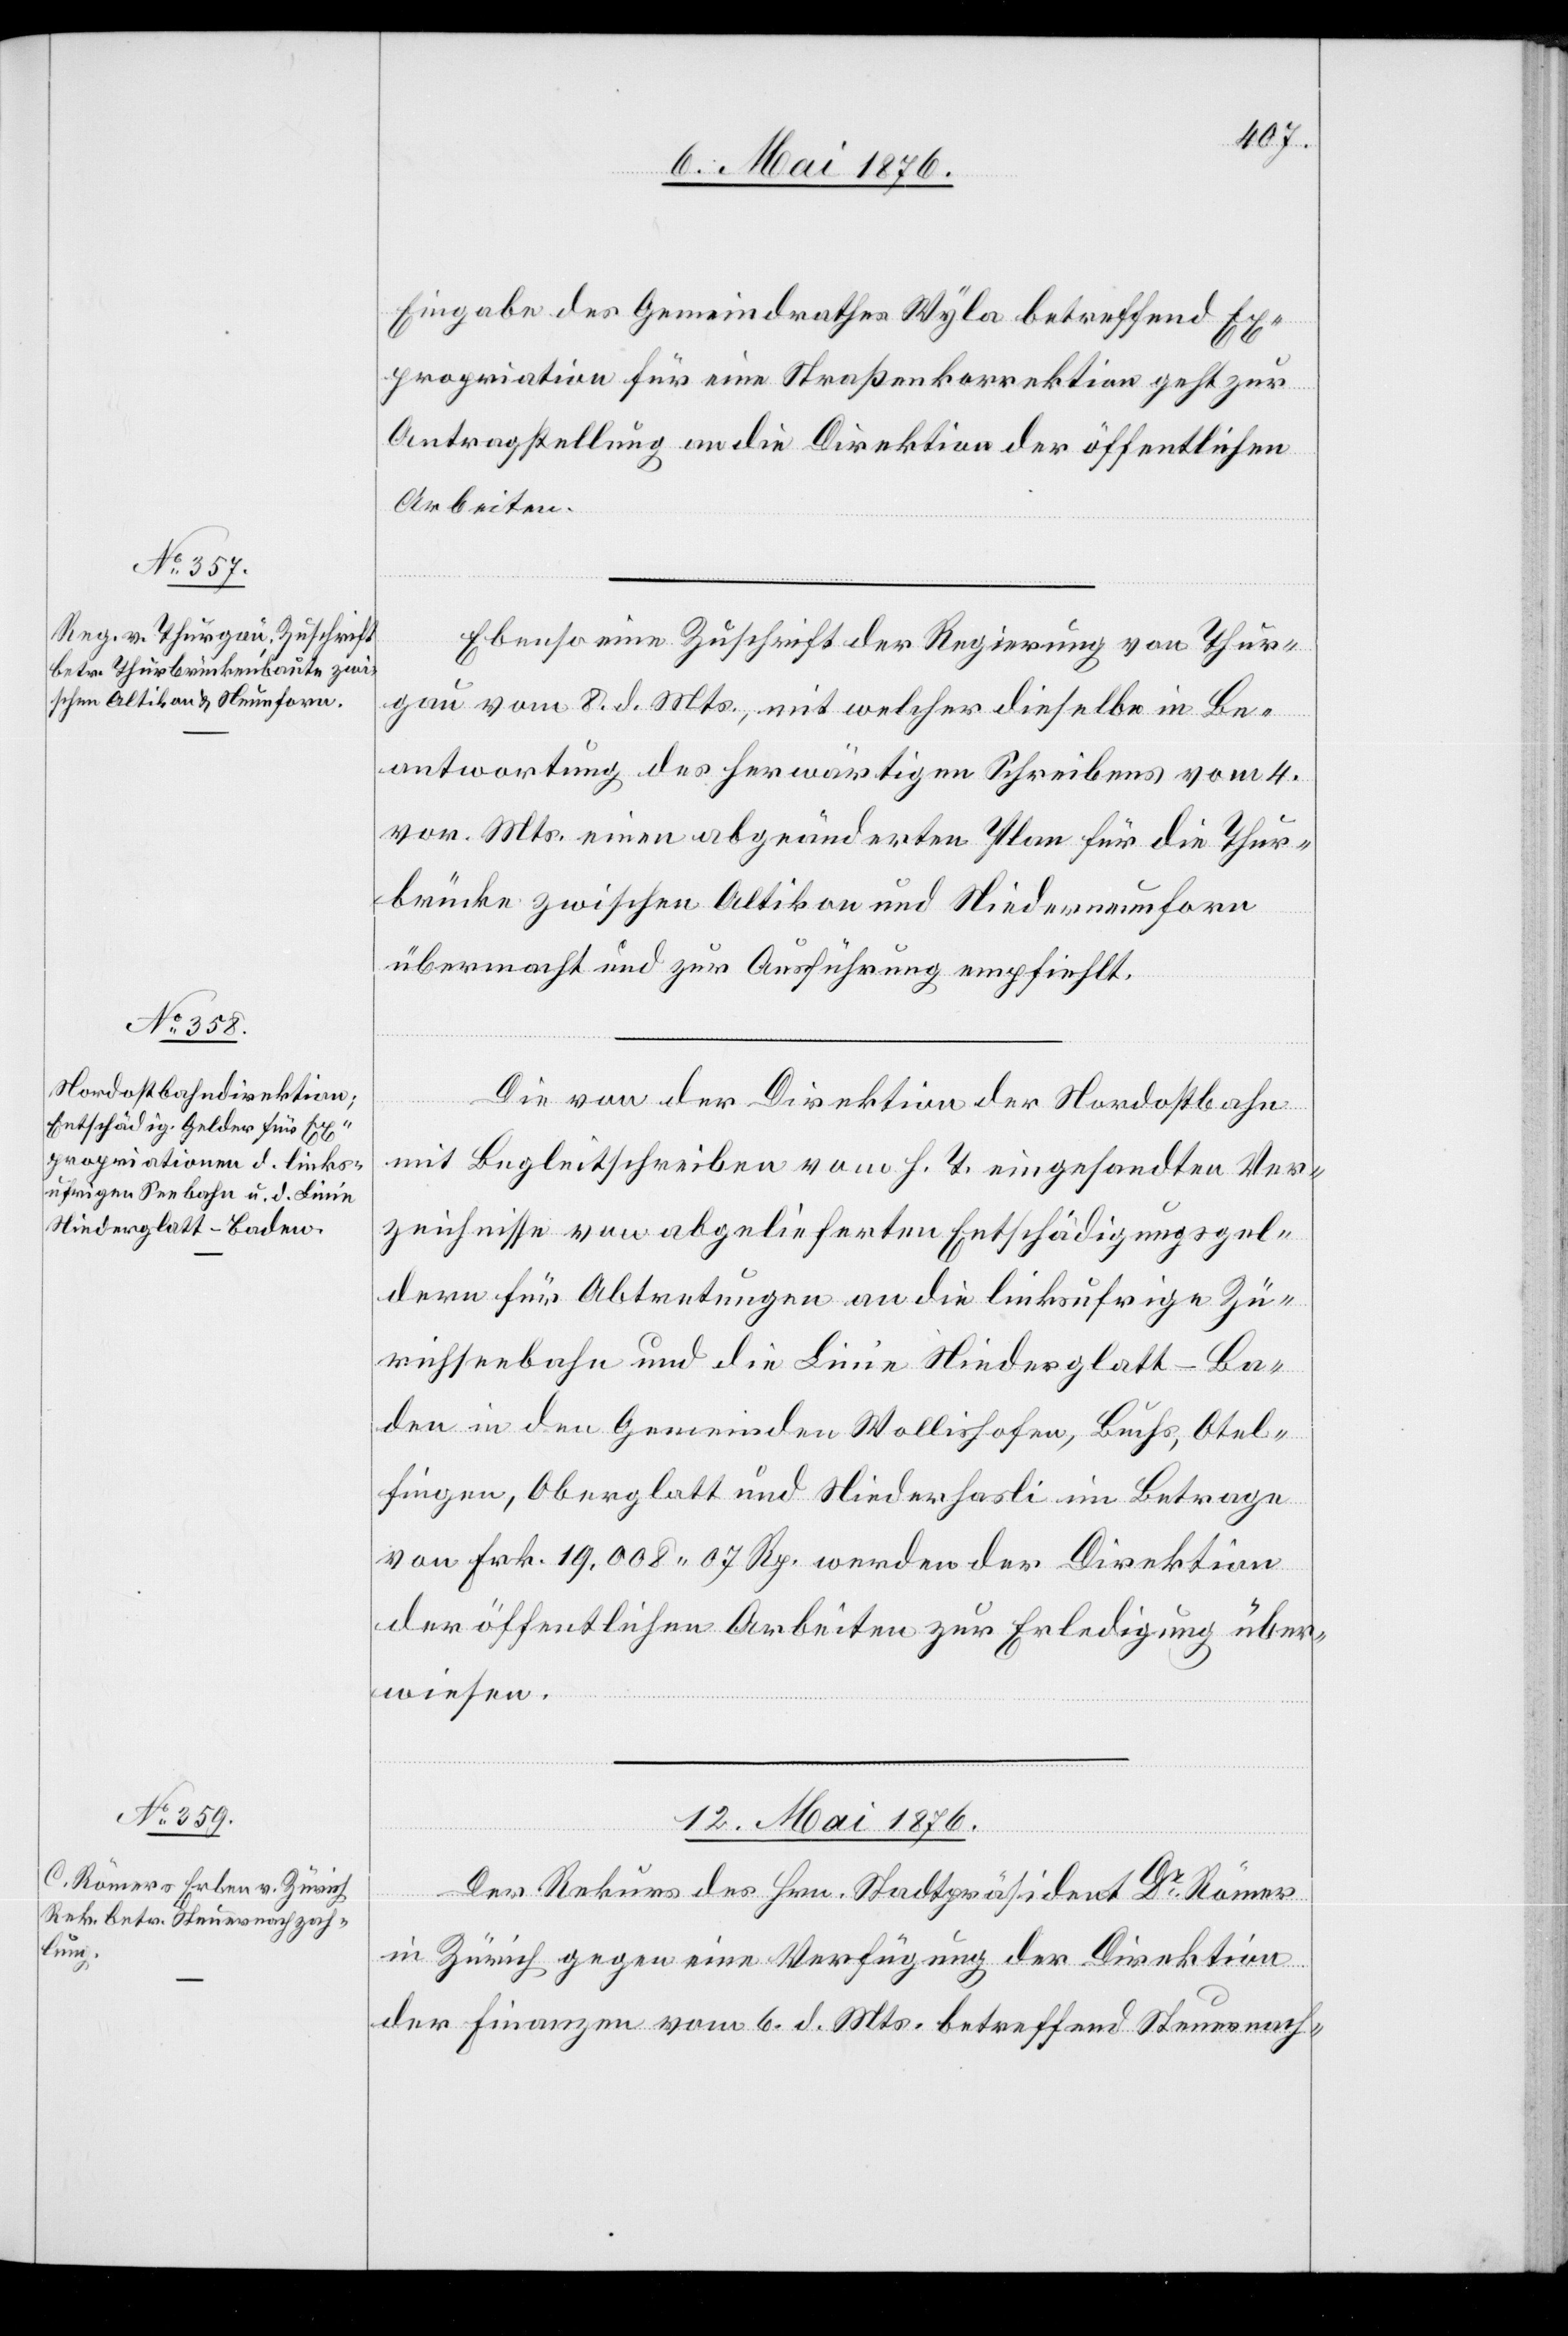
Eingabe des Gemeindrathes Wyla betreffend Ex¬
propriation für eine Straßenkorrektion geht zur
Antragstellung an die Direktion der öffentlichen
Arbeiten.
Ebenso eine Zuschrift der Regierung von Thur¬
gau vom 8. d. Mts., mit welcher dieselbe in Be¬
antwortung des herwärtigen Schreibens vom 4.
vor. Mts. einen abgeänderten Plan für die Thur¬
brücke zwischen Altikon und Niederneunforn
übermacht und zur Ausführung empfiehlt.
Die von der Direktion der Nordostbahn
mit Begleitschreiben vom h. T. eingesandten Ver¬
zeichnisse von abgelieferten Entschädigungsgel¬
dern für Abtretungen an die linksufrige Zü¬
richseebahn und die Linie Niederglatt–Ba¬
den in den Gemeinden Wollishofen, Buchs, Otel¬
fingen, Oberglatt und Niederhasli im Betrage
von Frk. 19,008 07 Rp. werden der Direktion
der öffentlichen Arbeiten zur Erledigung über¬
wiesen.
12. Mai 1876.
Der Rekurs des Hrn. Stadtpräsident Dr Römer
in Zürich gegen eine Verfügung der Direktion
der Finanzen vom 6. d. Mts. betreffend Steuernach-